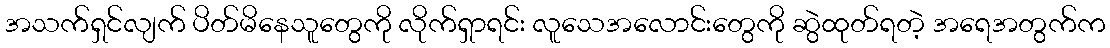
အသက်ရှင်လျက် ပိတ်မိနေသူတွေကို လိုက်ရှာရင်း လူသေအလောင်းတွေကို ဆွဲထုတ်ရတဲ့ အရေအတွက်က